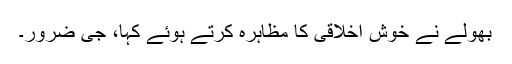
بھولے نے خوش اخلاقی کا مظاہرہ کرتے ہوئے کہا، جی ضرور۔